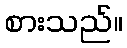
စားသည်။